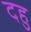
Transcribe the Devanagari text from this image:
दहु